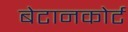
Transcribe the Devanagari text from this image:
बेटानकोर्ट